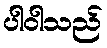
ပါဝါသည်